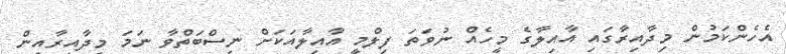
އެހެންކަމުން މިދާއިރާގައި އާއިލާގެ މީހެއް ނުވަތަ ފިލްމީ އާއިލާއަކަށް ނިސްބަތްވާ ނަަމަ މިދާއިރާއިން